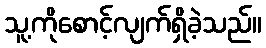
သူ့ကိုစောင့်လျက်ရှိခဲ့သည်။